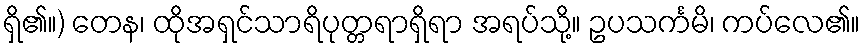
ရှိ၏။) တေန၊ ထိုအရှင်သာရိပုတ္တရာရှိရာ အရပ်သို့။ ဥပသင်္ကမိ၊ ကပ်လေ၏။